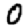
Digit: 0